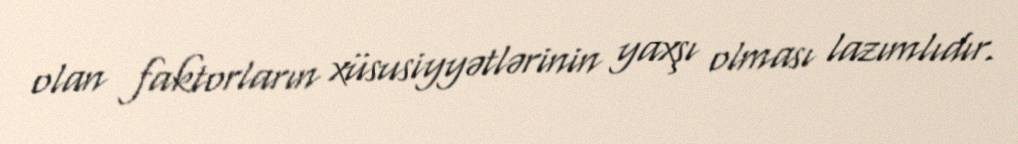
olan faktorların xüsusiyyətlərinin yaxşı olması lazımlıdır.